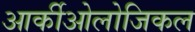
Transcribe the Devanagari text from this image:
आर्कीओलोजिकल